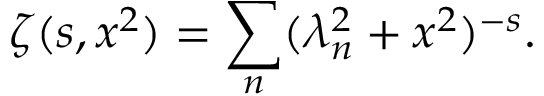
\zeta ( s , x ^ { 2 } ) = \sum _ { n } ( \lambda _ { n } ^ { 2 } + x ^ { 2 } ) ^ { - s } { . }